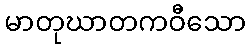
မာတုဃာတကဝီသော